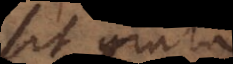
sit grata